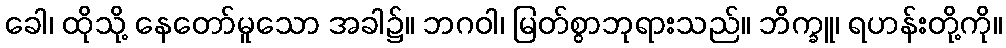
ခေါ၊ ထိုသို့ နေတော်မူသော အခါ၌။ ဘဂဝါ၊ မြတ်စွာဘုရားသည်။ ဘိက္ခူ၊ ရဟန်းတို့ကို။